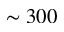
\sim 3 0 0